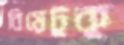
বিয়েটুকু